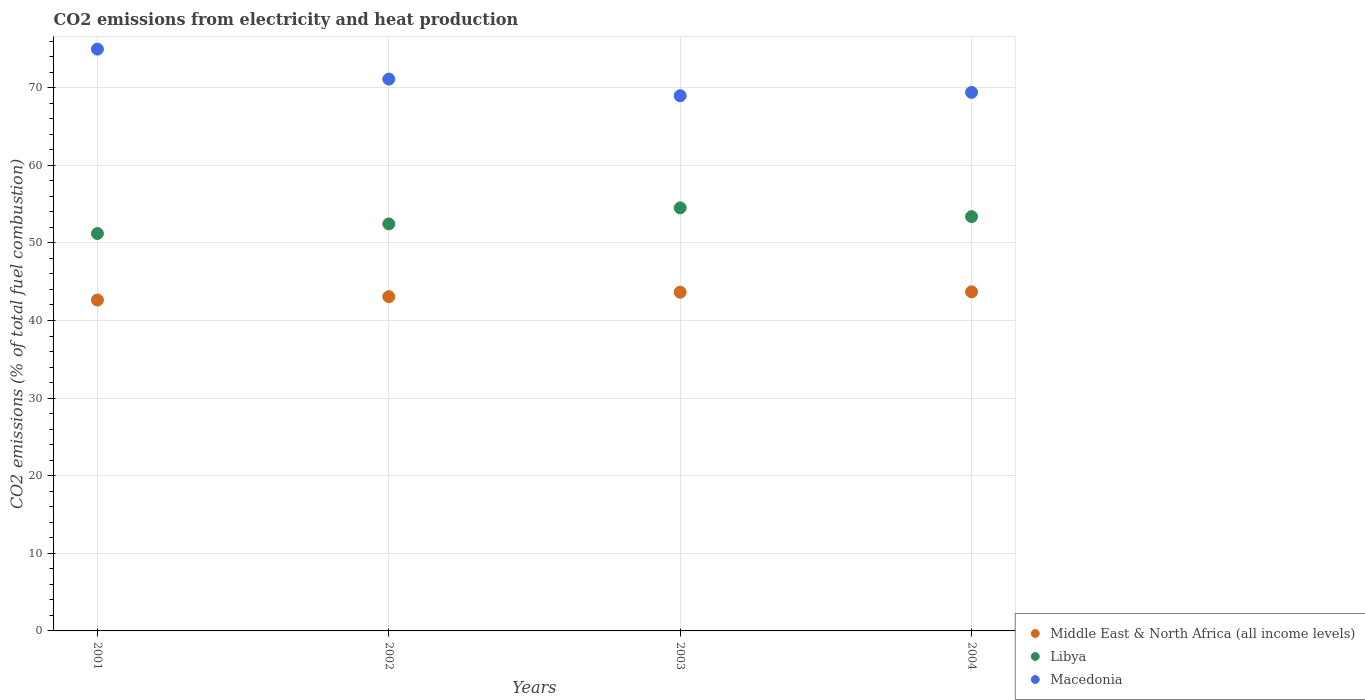
| Years | Middle East & North Africa (all income levels) | Libya | Macedonia |
 | --- | --- | --- | --- |
 | 2001 | 42.6 | 51.2 | 75 |
 | 2002 | 43.1 | 52.4 | 71.1 |
 | 2003 | 43.6 | 54.5 | 69 |
 | 2004 | 43.7 | 53.4 | 69.4 |